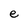
Character: e